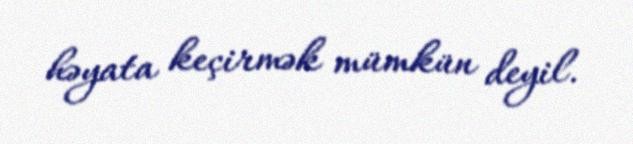
həyata keçirmək mümkün deyil.